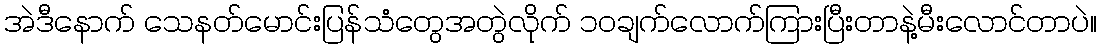
အဲဒီနောက် သေနတ်မောင်းပြန်သံတွေအတွဲလိုက် ၁၀ချက်လောက်ကြားပြီးတာနဲ့မီးလောင်တာပဲ။